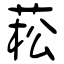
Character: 菘